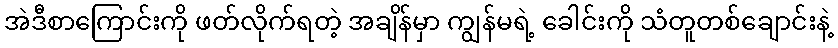
အဲဒီစာကြောင်းကို ဖတ်လိုက်ရတဲ့ အချိန်မှာ ကျွန်မရဲ့ ခေါင်းကို သံတူတစ်ချောင်းနဲ့